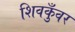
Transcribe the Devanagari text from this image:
शिवकुँवर